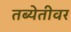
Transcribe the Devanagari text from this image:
तब्येतीवर